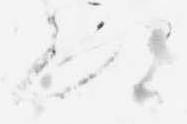
へ